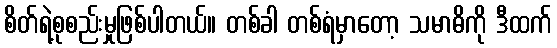
စိတ်ရဲ့စုစည်းမှုဖြစ်ပါတယ်။ တစ်ခါ တစ်ရံမှာတော့ သမာဓိကို ဒီထက်